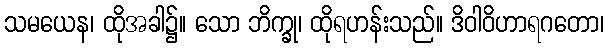
သမယေန၊ ထိုအခါ၌။ သော ဘိက္ခု၊ ထိုရဟန်းသည်။ ဒိဝါဝိဟာရဂတော၊